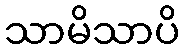
သာမိသာပိ